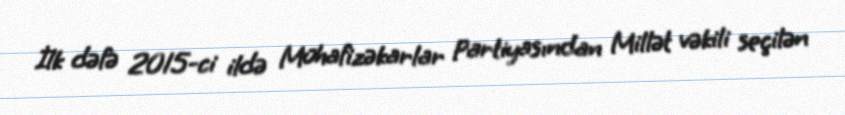
İlk dəfə 2015-ci ildə Mühafizəkarlar Partiyasından Millət vəkili seçilən